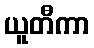
ယူတီကာ